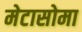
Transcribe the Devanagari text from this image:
मेटासोमा